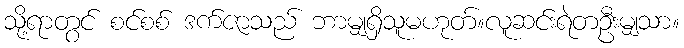
သို့ရာတွင် စင်စစ် ဒက်ဇာသည် ဘာမျှရှိသူမဟုတ်။လူဆင်းရဲတဦးမျှသာ။